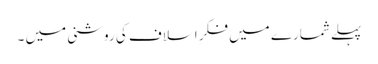
پہلے شمارے میں فکرِ اَسلاف کی روشنی میں ۔